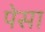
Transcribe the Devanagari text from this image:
पेसा